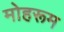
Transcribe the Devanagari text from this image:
मोहरूम